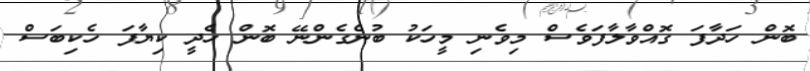
ބޮން ހަދާފަ ގޮއްވާލާފަވެސް މިވެނި މީހަކު ބުނެގެންނޭ ބޮން ހެދީ ކިޔާފަ ހެކިބަސް